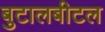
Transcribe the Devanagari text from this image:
बुटालबीटल